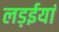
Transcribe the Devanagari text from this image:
लड़ईयां